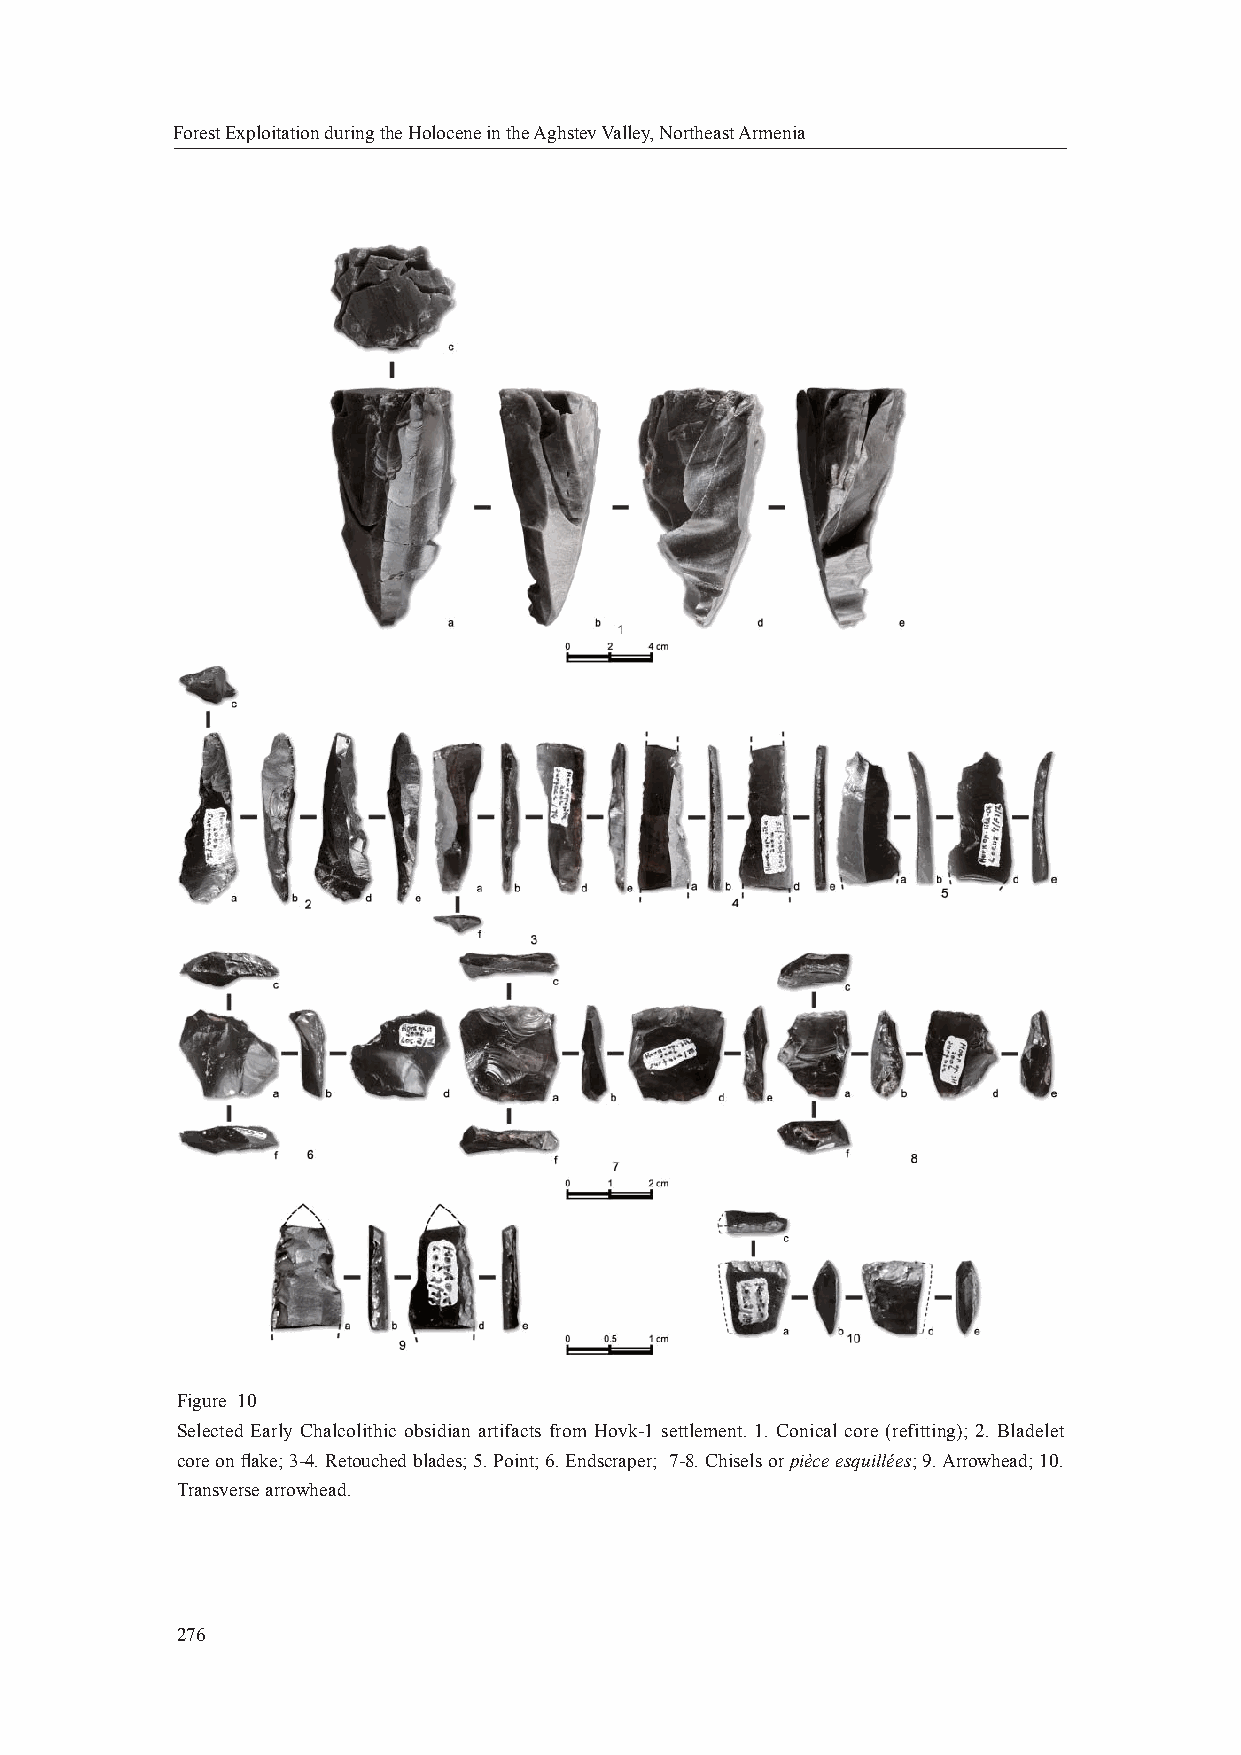
Forest Exploitation during the Holocene in the Aghstev Valley, Northeast Armenia
 Figure 10
 Selected Early Chalcolithic obsidian artifacts from Hovk-1 settlement. 1. Conical core (refitting); 2. Bladelet
 core on fl ake; 3-4. Retouched blades; 5. Point; 6. Endscraper; 7-8. Chisels or pièce esquillées; 9. Arrowhead; 10.
 Transverse arrowhead.
 276